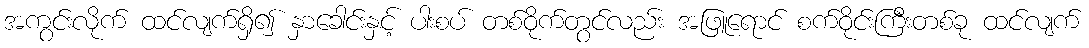
အကွင်းလိုက် ထင်လျက်ရှိ၍ နှာခေါင်းနှင့် ပါးစပ် တစ်ဝိုက်တွင်လည်း အဖြူရောင် စက်ဝိုင်းကြီးတစ်ခု ထင်လျက်